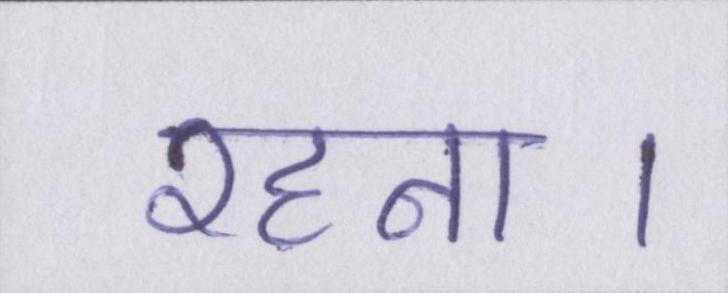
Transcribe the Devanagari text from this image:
रहना।